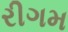
રીગમ